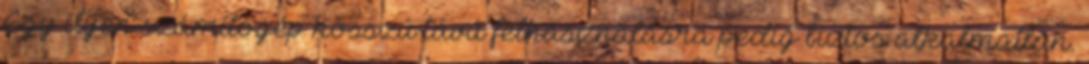
Egy ilyen számítógép hosszú távú felhasználásra pedig biztos alkalmatlan.